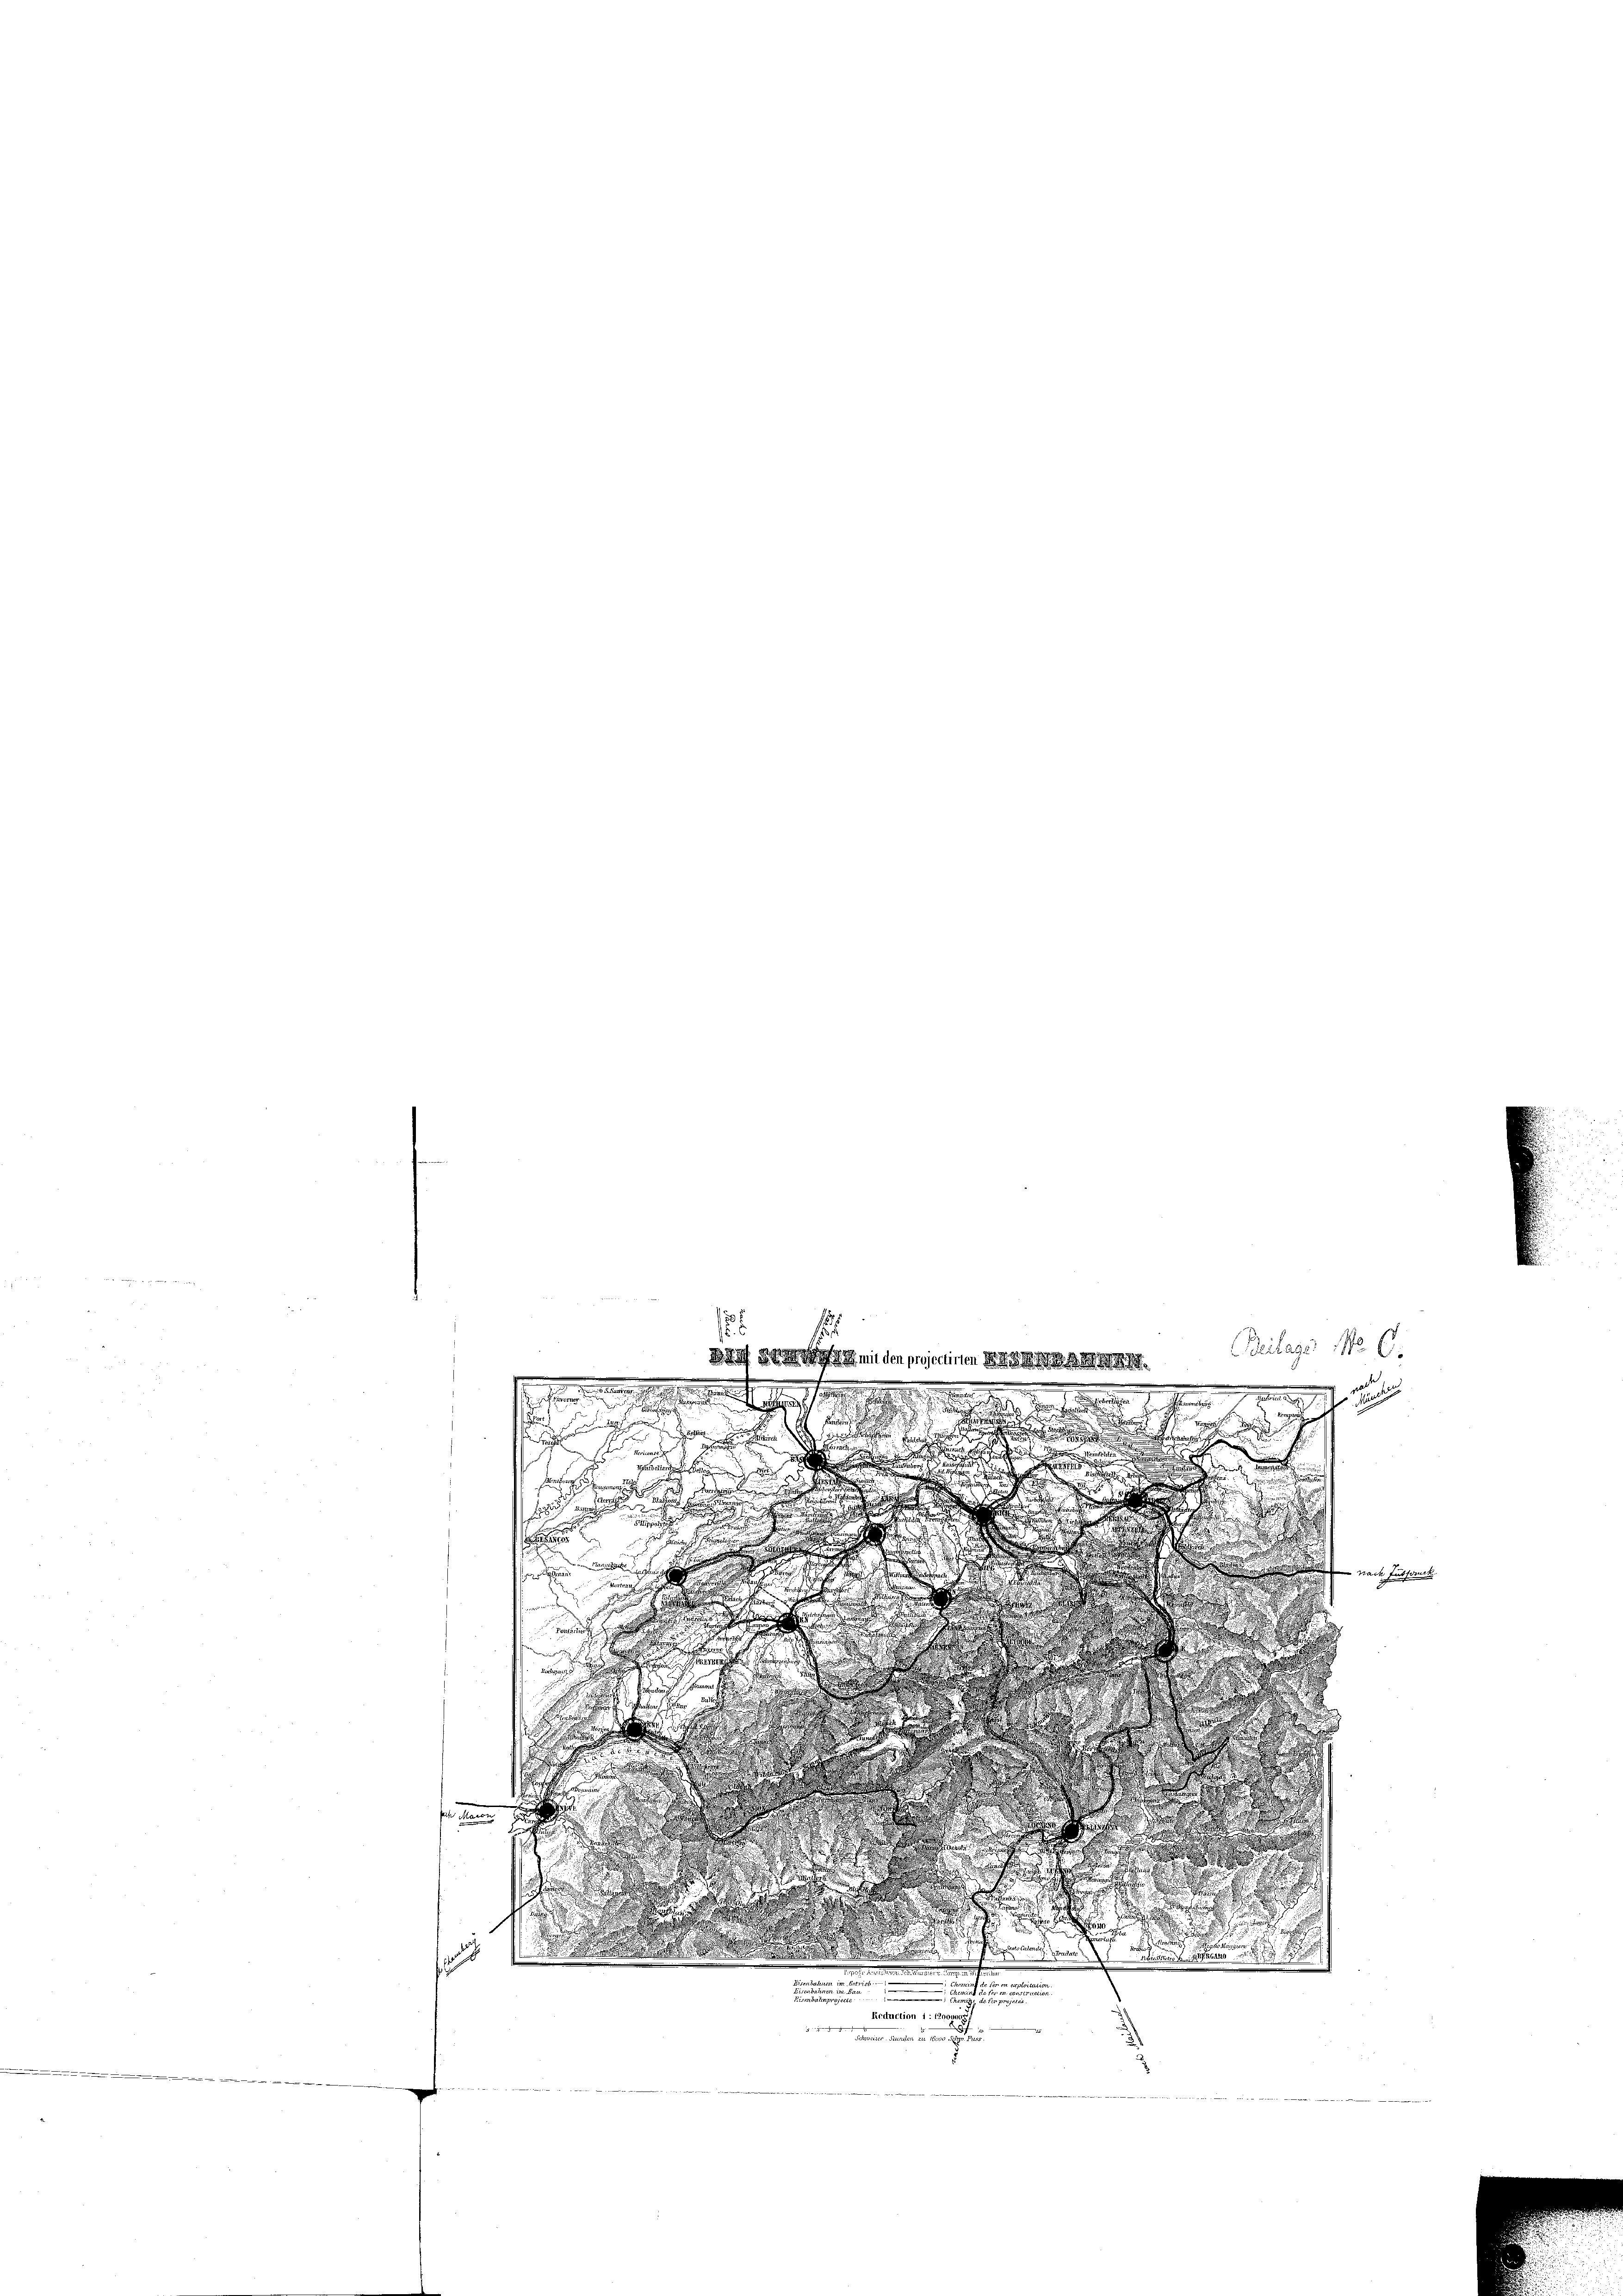
—

.
.
 1

dn der Seiten in der nach der den

s

.

.
i
in
e

e
.
B.

.
.
da

e
d
.
d

 der

2

.

1

.

s
e
2 Fuss
¬
.

.
n

Nürtiger
so kann zu

Neftesteuer . . . 1620

n
 ..
Reduction i : Egowin
 der den seine weitete u. eine heute ein
2

.
25 ff. 30. Not mich so einen deren word

Beilage No 6.